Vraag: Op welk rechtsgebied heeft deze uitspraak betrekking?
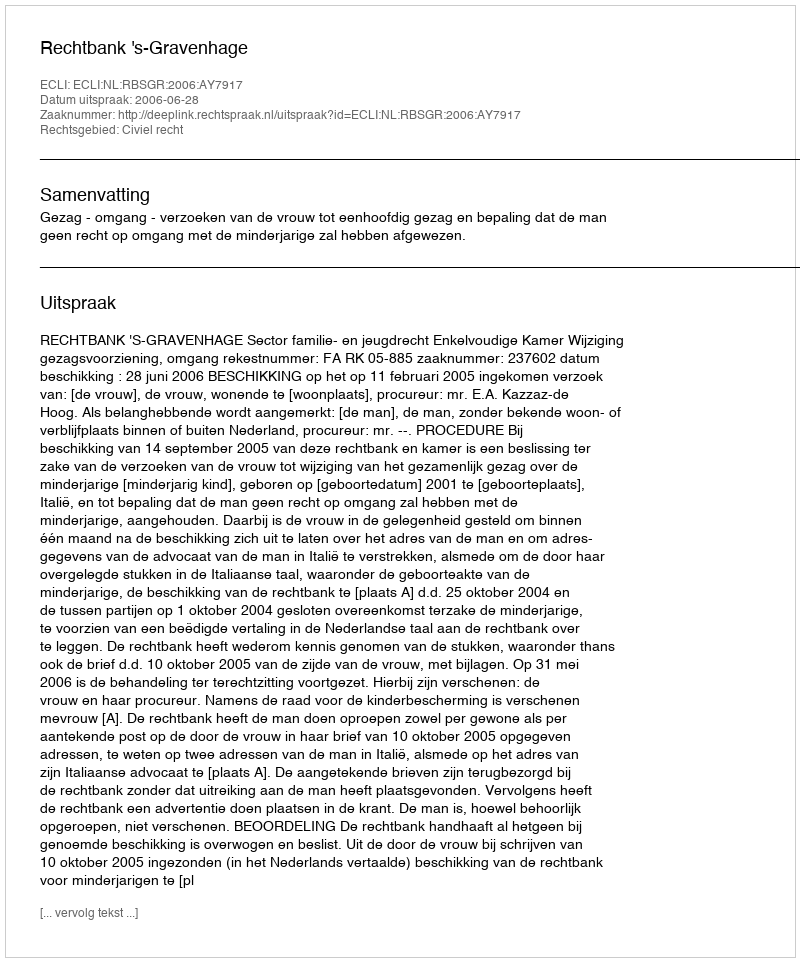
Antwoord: Civiel recht